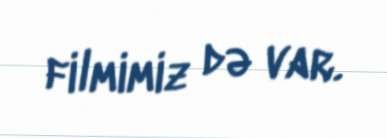
filmimiz də var.